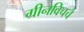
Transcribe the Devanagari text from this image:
ग्रीनविचचे